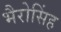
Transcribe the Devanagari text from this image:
भैरोसिंह